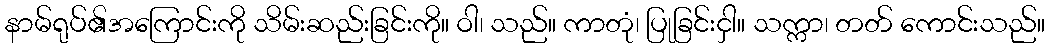
နာမ်ရုပ်၏အကြောင်းကို သိမ်းဆည်းခြင်းကို။ ဝါ၊ သည်။ ကာတုံ၊ ပြုခြင်းငှါ။ သက္ကာ၊ တတ် ကောင်းသည်။